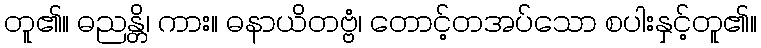
တူ၏။ ဓညန္တိ၊ ကား။ ဓနာယိတဗ္ဗံ၊ တောင့်တအပ်သော စပါးနှင့်တူ၏။